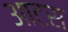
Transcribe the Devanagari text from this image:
आटस